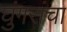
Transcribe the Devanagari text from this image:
घुंगरांचा